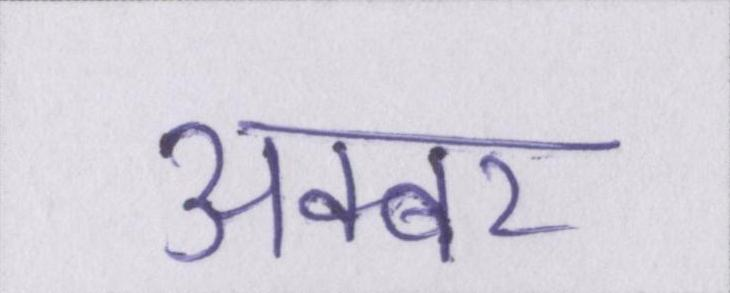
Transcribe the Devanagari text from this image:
अक्बर